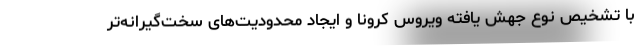
با تشخیص نوع جهش یافته ویروس کرونا و ایجاد محدودیت‌های سخت‌گیرانه‌تر